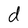
Character: d